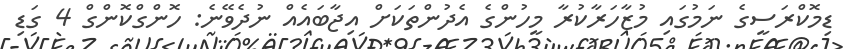
ޑިމޮކްރަސީގެ ނަމުގައި މުޒާހަރާކުރާ މީހުންގެ އެދުންތަކަށް އިޖާބައެއް ނުދެވޭނެ: ހޮންގްކޮންގް 4 ގަޑި